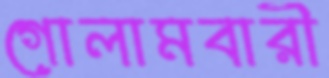
গোলামবারী